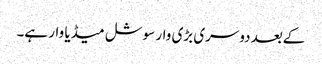
کےبعد دوسری بڑی وار سوشل میڈیا وار ہے۔